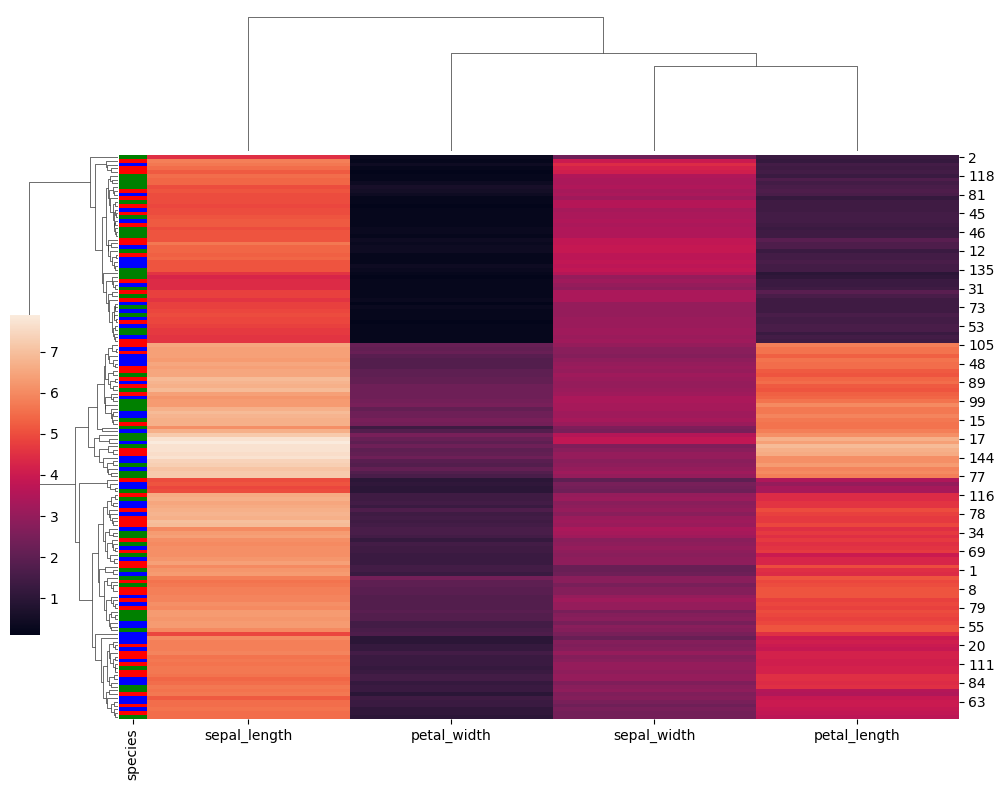
python, seaborn, clustermap, figsize=(10, 8), row_cluster=True, dendrogram_ratio=(0.1, 0.2), cbar_pos=(0, 0.2, 0.03, 0.4)